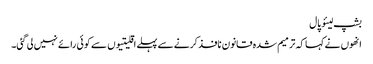
بشپ لیئو پال
انھوں نے کہا کہ ترمیم شدہ قانون نافذ کرنے سے پہلے اقلیتیوں سے کوئی رائے نہیں لی گئی۔